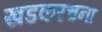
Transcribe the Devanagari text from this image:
खडकरचना